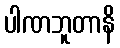
ပါဏဘူတာနိ